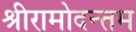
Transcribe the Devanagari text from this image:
श्रीरामोदन्तम